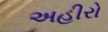
અહીરો